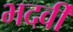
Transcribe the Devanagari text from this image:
भदर्वी